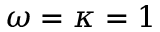
\omega = \kappa = 1